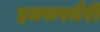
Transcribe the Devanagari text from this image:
इनफरमैरी